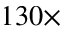
1 3 0 \times